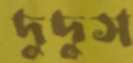
দুদুস